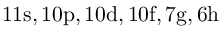
\mathrm { 1 1 s , 1 0 p , 1 0 d , 1 0 f , 7 g , 6 h }